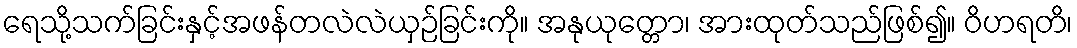
ရေသို့သက်ခြင်းနှင့်အဖန်တလဲလဲယှဉ်ခြင်းကို။ အနုယုတ္တော၊ အားထုတ်သည်ဖြစ်၍။ ဝိဟရတိ၊